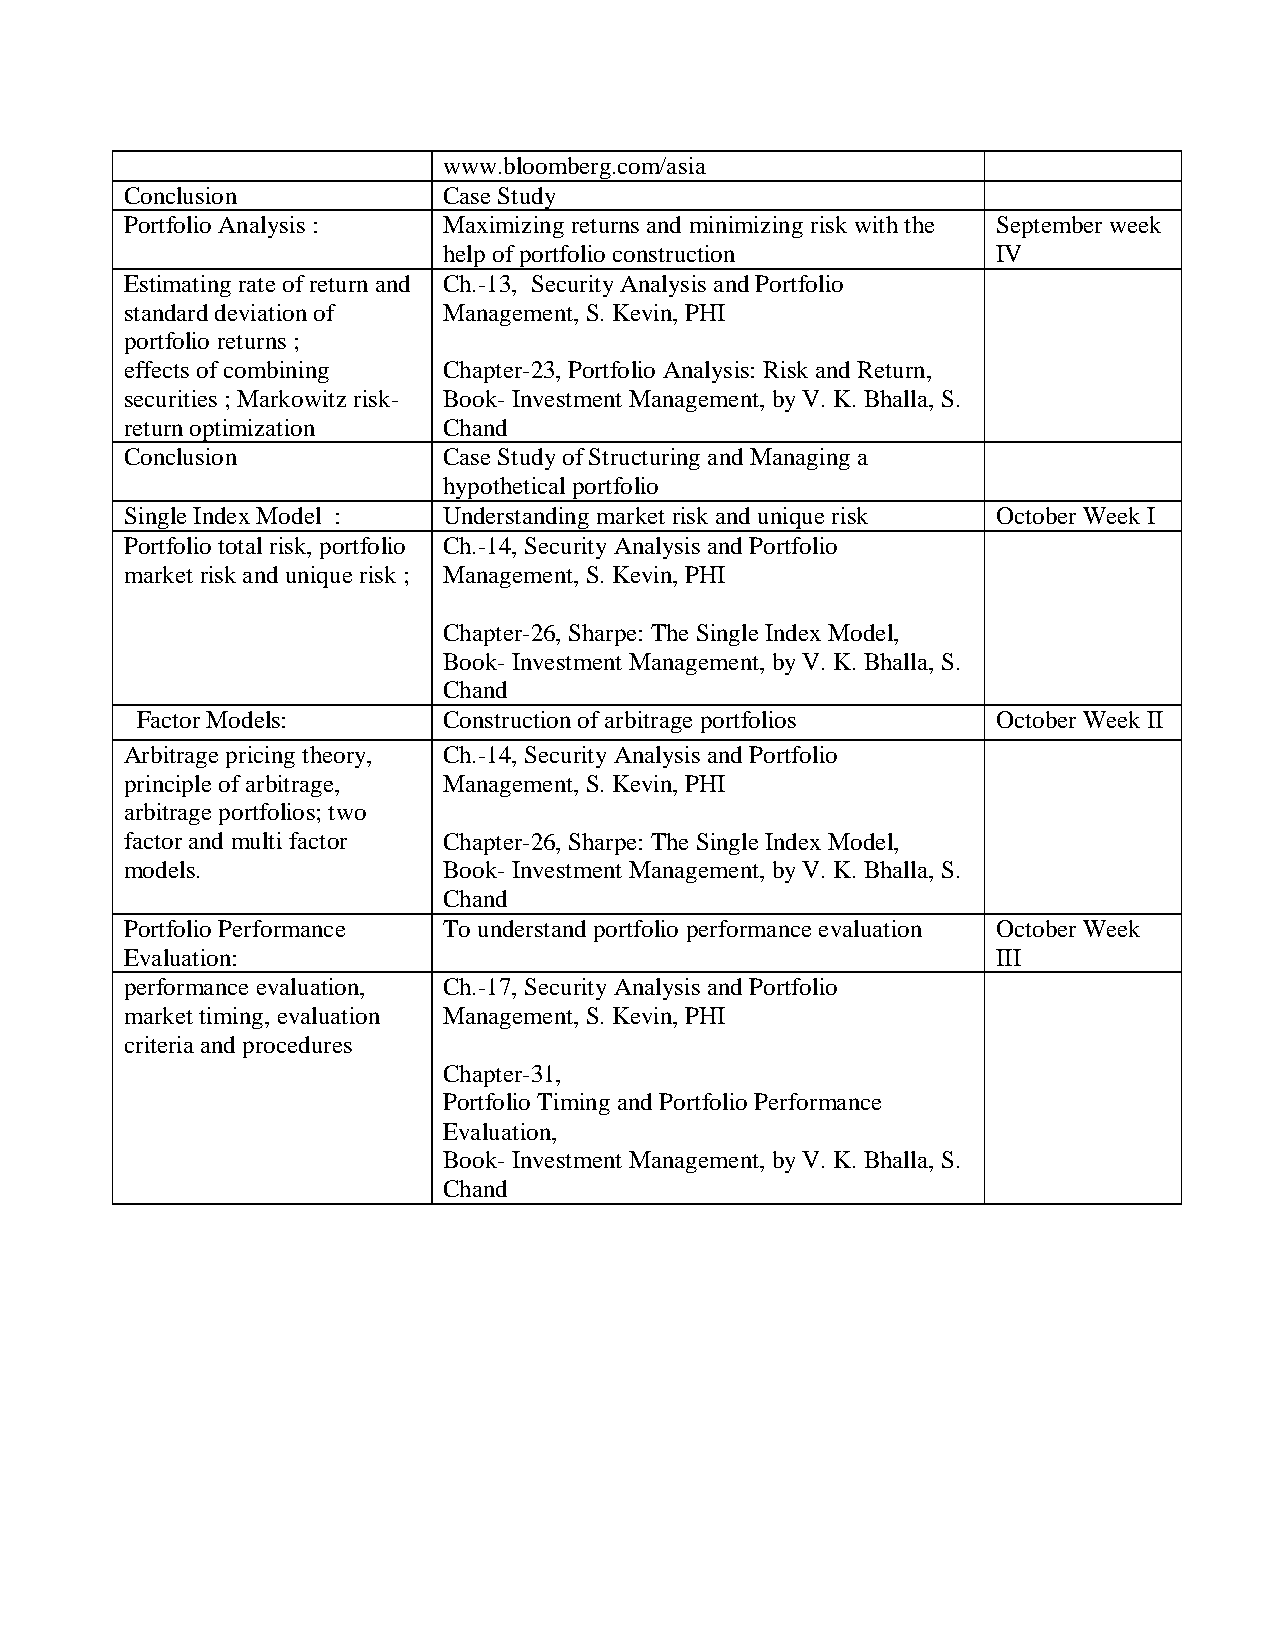
www.bloomberg.com/asia
 Conclusion           Case Study
 Portfolio Analysis : Maximizing returns and minimizing risk with the September week
 help of portfolio construction       IV
 Estimating rate of return and Ch.-13, Security Analysis and Portfolio
 standard deviation of Management, S. Kevin, PHI
 portfolio returns ;
 effects of combining Chapter-23, Portfolio Analysis: Risk and Return,
 securities ; Markowitz risk- Book- Investment Management, by V. K. Bhalla, S.
 return optimization  Chand
 Conclusion           Case Study of Structuring and Managing a
 hypothetical portfolio
 Single Index Model : Understanding market risk and unique risk October Week I
 Portfolio total risk, portfolio Ch.-14, Security Analysis and Portfolio
 market risk and unique risk ; Management, S. Kevin, PHI
 Chapter-26, Sharpe: The Single Index Model,
 Book- Investment Management, by V. K. Bhalla, S.
 Chand
 Factor Models:      Construction of arbitrage portfolios October Week II
 Arbitrage pricing theory, Ch.-14, Security Analysis and Portfolio
 principle of arbitrage, Management, S. Kevin, PHI
 arbitrage portfolios; two
 factor and multi factor Chapter-26, Sharpe: The Single Index Model,
 models.              Book- Investment Management, by V. K. Bhalla, S.
 Chand
 Portfolio Performance To understand portfolio performance evaluation October Week
 Evaluation:                                               III
 performance evaluation, Ch.-17, Security Analysis and Portfolio
 market timing, evaluation Management, S. Kevin, PHI
 criteria and procedures
 Chapter-31,
 Portfolio Timing and Portfolio Performance
 Evaluation,
 Book- Investment Management, by V. K. Bhalla, S.
 Chand